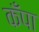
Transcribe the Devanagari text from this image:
कँपा